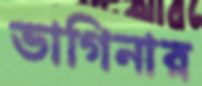
ভাগিনার